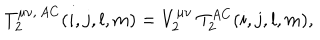
T _ { 2 } ^ { \mu \nu , \, A C } ( i , j , l , m ) = V _ { 2 } ^ { \mu \nu } \: T _ { 2 } ^ { A C } ( i , j , l , m ) ,